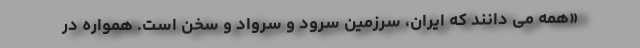
«همه می دانند که ایران، سرزمین سرود و سرواد و سخن است. همواره در